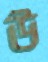
উ